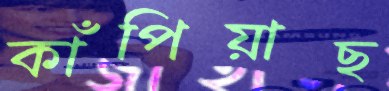
কাঁপিয়াছ